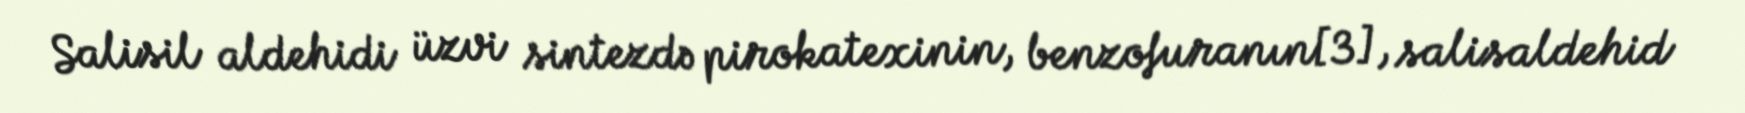
Salisil aldehidi üzvi sintezdə pirokatexinin, benzofuranın[3], salisaldehid